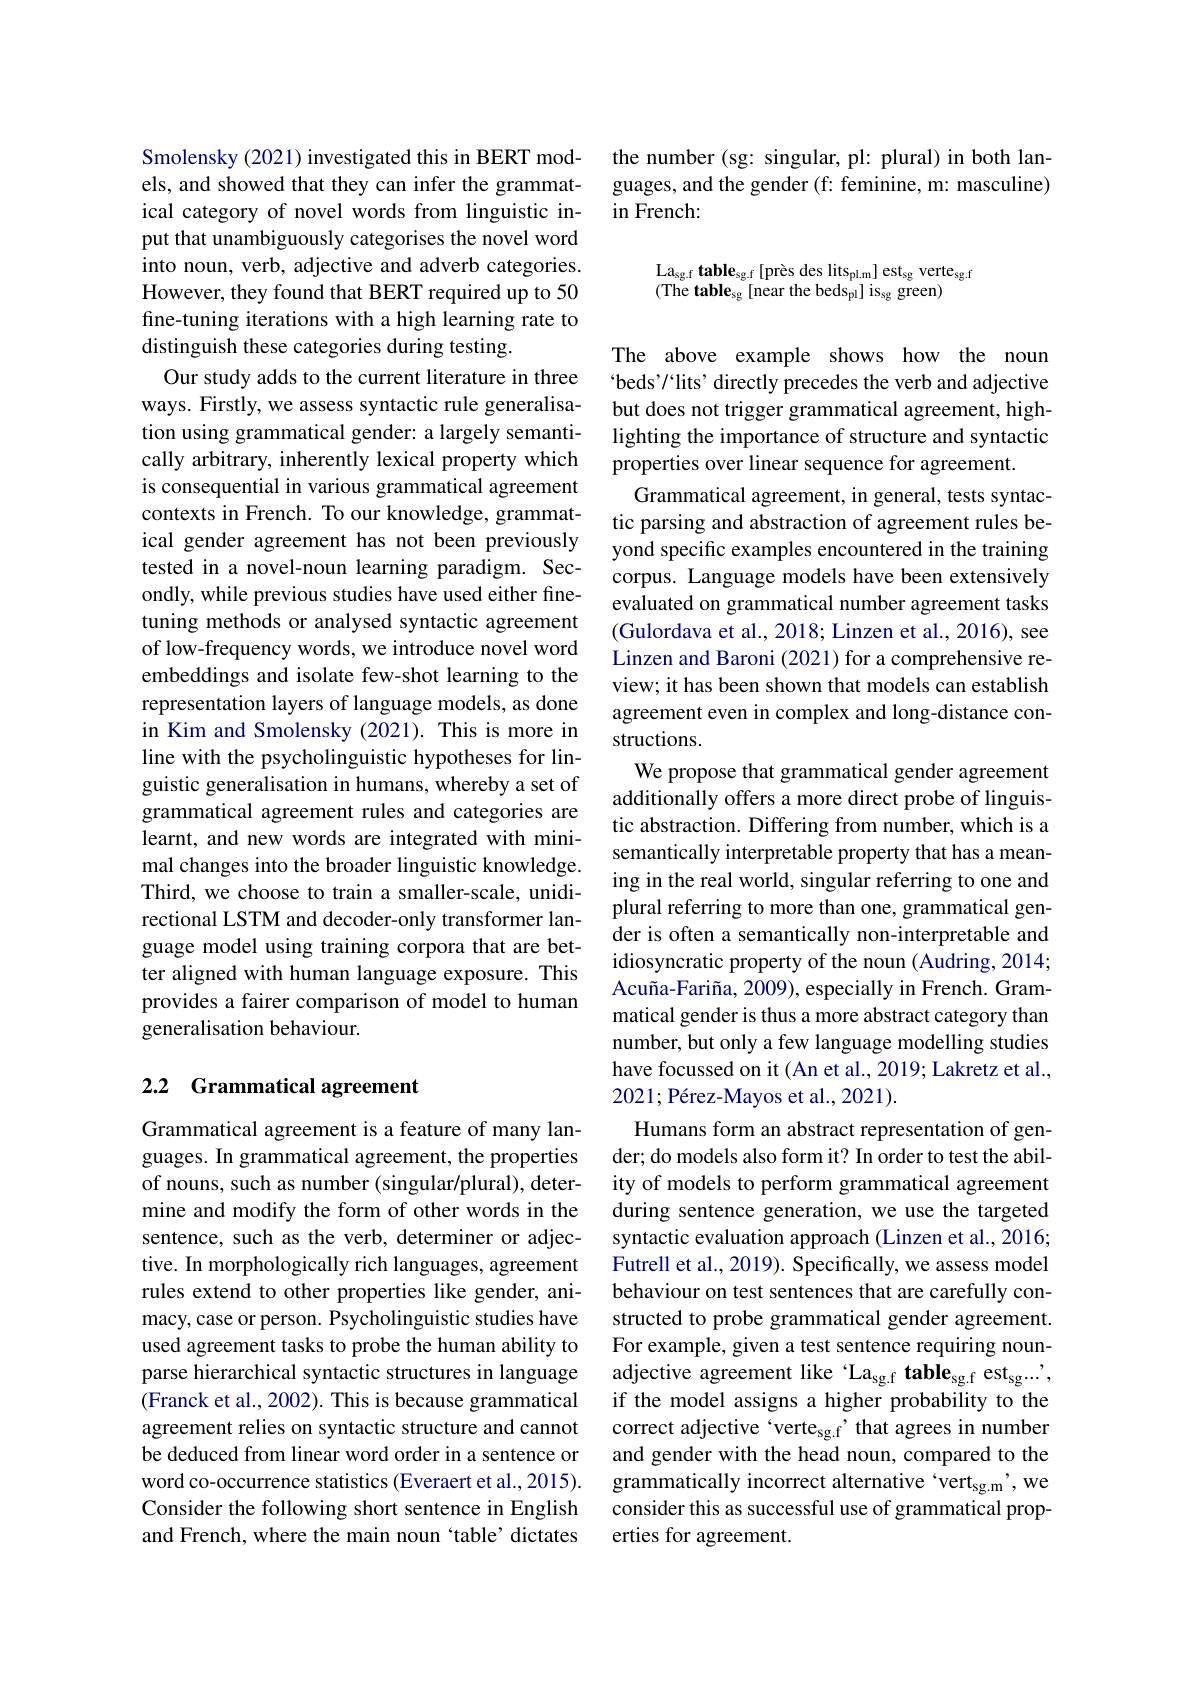
Smolensky (2021) investigated this in BERT models, and showed that they can infer the grammatical category of novel words from linguistic input that unambiguously categorises the novel word into noun, verb, adjective and adverb categories. However, they found that BERT required up to 50 fine-tuning iterations with a high learning rate to distinguish these categories during testing.
Our study adds to the current literature in three ways. Firstly, we assess syntactic rule generalisation using grammatical gender: a largely semantically arbitrary, inherently lexical property which is consequential in various grammatical agreement contexts in French. To our knowledge, grammatical gender agreement has not been previously tested in a novel-noun learning paradigm. Secondly, while previous studies have used either finetuning methods or analysed syntactic agreement of low-frequency words, we introduce novel word embeddings and isolate few-shot learning to the representation layers of language models, as done in Kim and Smolensky (2021). This is more in line with the psycholinguistic hypotheses for linguistic generalisation in humans, whereby a set of grammatical agreement rules and categories are learnt, and new words are integrated with minimal changes into the broader linguistic knowledge. Third, we choose to train a smaller-scale, unidirectional LSTM and decoder-only transformer language model using training corpora that are better aligned with human language exposure. This provides a fairer comparison of model to human generalisation behaviour.

## 2.2 Grammatical agreement

Grammatical agreement is a feature of many languages. In grammatical agreement, the properties of nouns, such as number (singular/plural), determine and modify the form of other words in the sentence, such as the verb, determiner or adjective. In morphologically rich languages, agreement rules extend to other properties like gender, animacy, case or person. Psycholinguistic studies have used agreement tasks to probe the human ability to parse hierarchical syntactic structures in language (Franck et al., 2002). This is because grammatical agreement relies on syntactic structure and cannot be deduced from linear word order in a sentence or word co-occurrence statistics (Everaert et al., 2015). Consider the following short sentence in English and French, where the main noun `table' dictates

the number (sg: singular, pl: plural) in both languages, and the gender (f: feminine, m: masculine) $\operatorname{in}$French:
$$\mathrm{La_{sg.f}~table_{sg.f}~[près~des~lits_{pl.m}]~est_{sg}~verte_{sg.f}}\\\mathrm{(The~table_{sg}~[near~the~beds_{pl}]~is_{sg}~green)}$$
The above example shows how the noun beds'/ lits' directly precedes the verb and adjective but does not trigger grammatical agreement, highlighting the importance of structure and syntactic properties over linear sequence for agreement.
Grammatical agreement, in general, tests syntactic parsing and abstraction of agreement rules beyond specific examples encountered in the training corpus. Language models have been extensively evaluated on grammatical number agreement tasks (Gulordava et al., 2018; Linzen et al., 2016), see Linzen and Baroni (2021) for a comprehensive review; it has been shown that models can establish agreement even in complex and long-distance constructions.
We propose that grammatical gender agreement additionally offers a more direct probe of linguistic abstraction. Differing from number, which is a semantically interpretable property that has a meaning in the real world, singular referring to one and plural referring to more than one, grammatical gender is often a semantically non-interpretable and idiosyncratic property of the noun (Audring, 2014; Acuña-Fariña, 2009), especially in French. Grammatical gender is thus a more abstract category than number, but only a few language modelling studies have focussed on it (An et al., 2019; Lakretz et al., 2021; Pérez-Mayos et al., 2021).
Humans form an abstract representation of gender; do models also form it? In order to test the ability of models to perform grammatical agreement during sentence generation, we use the targeted syntactic evaluation approach (Linzen et al., 2016; Futrell et al., 2019). Specifically, we assess model behaviour on test sentences that are carefully constructed to probe grammatical gender agreement. For example, given a test sentence requiring nounadjective agreement like 'La$_\mathrm{sg.f}\textbf{table}_\mathrm{sg.f}$ est$_\mathrm{sg...}$, if the model assigns a higher probability to the correct adjective `verte$_\mathrm{sg.f}^{\prime}$ that agrees in number and gender with the head noun, compared to the grammatically incorrect alternative `vert$_\mathrm{sg.m}^{\prime}$,we consider this as successful use of grammatical properties for agreement.